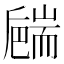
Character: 𦓝